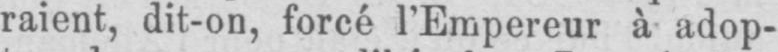
raient, dit-on, forcé l’Empereur à adop-